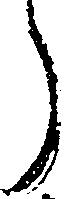
う